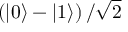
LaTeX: \left( \left| 0 \right\rangle - \left| 1 \right\rangle \right) / { \sqrt { 2 } }